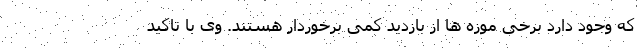
که وجود دارد برخی موزه ها از بازدید کمی برخوردار هستند. وی با تاکید